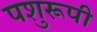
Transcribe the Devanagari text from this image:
पशुरूपी